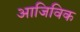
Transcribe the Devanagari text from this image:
आजिविक